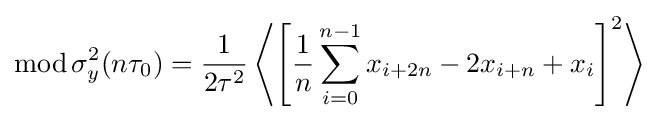
\operatorname {mod} \sigma _{y}^{2}(n\tau _{0})={\frac {1}{2\tau ^{2}}}\left\langle \left[{\frac {1}{n}}\sum _{i=0}^{n-1}x_{i+2n}-2x_{i+n}+x_{i}\right]^{2}\right\rangle